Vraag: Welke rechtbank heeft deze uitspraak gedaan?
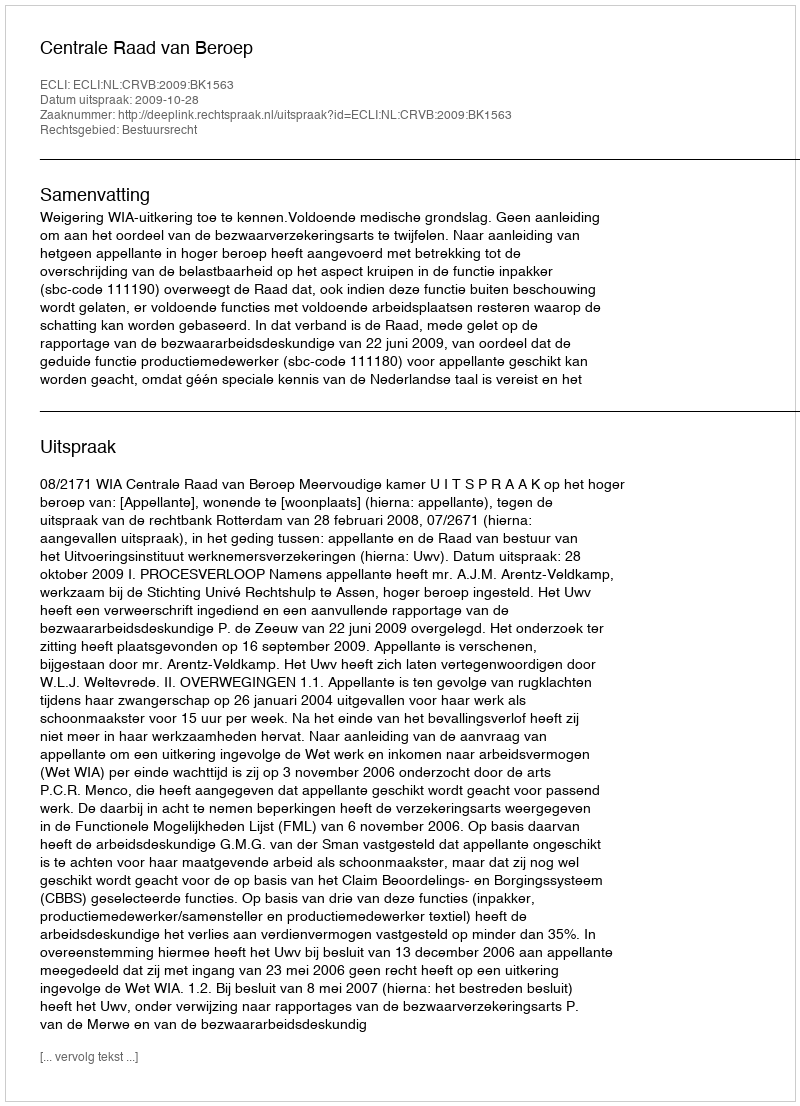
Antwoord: Centrale Raad van Beroep